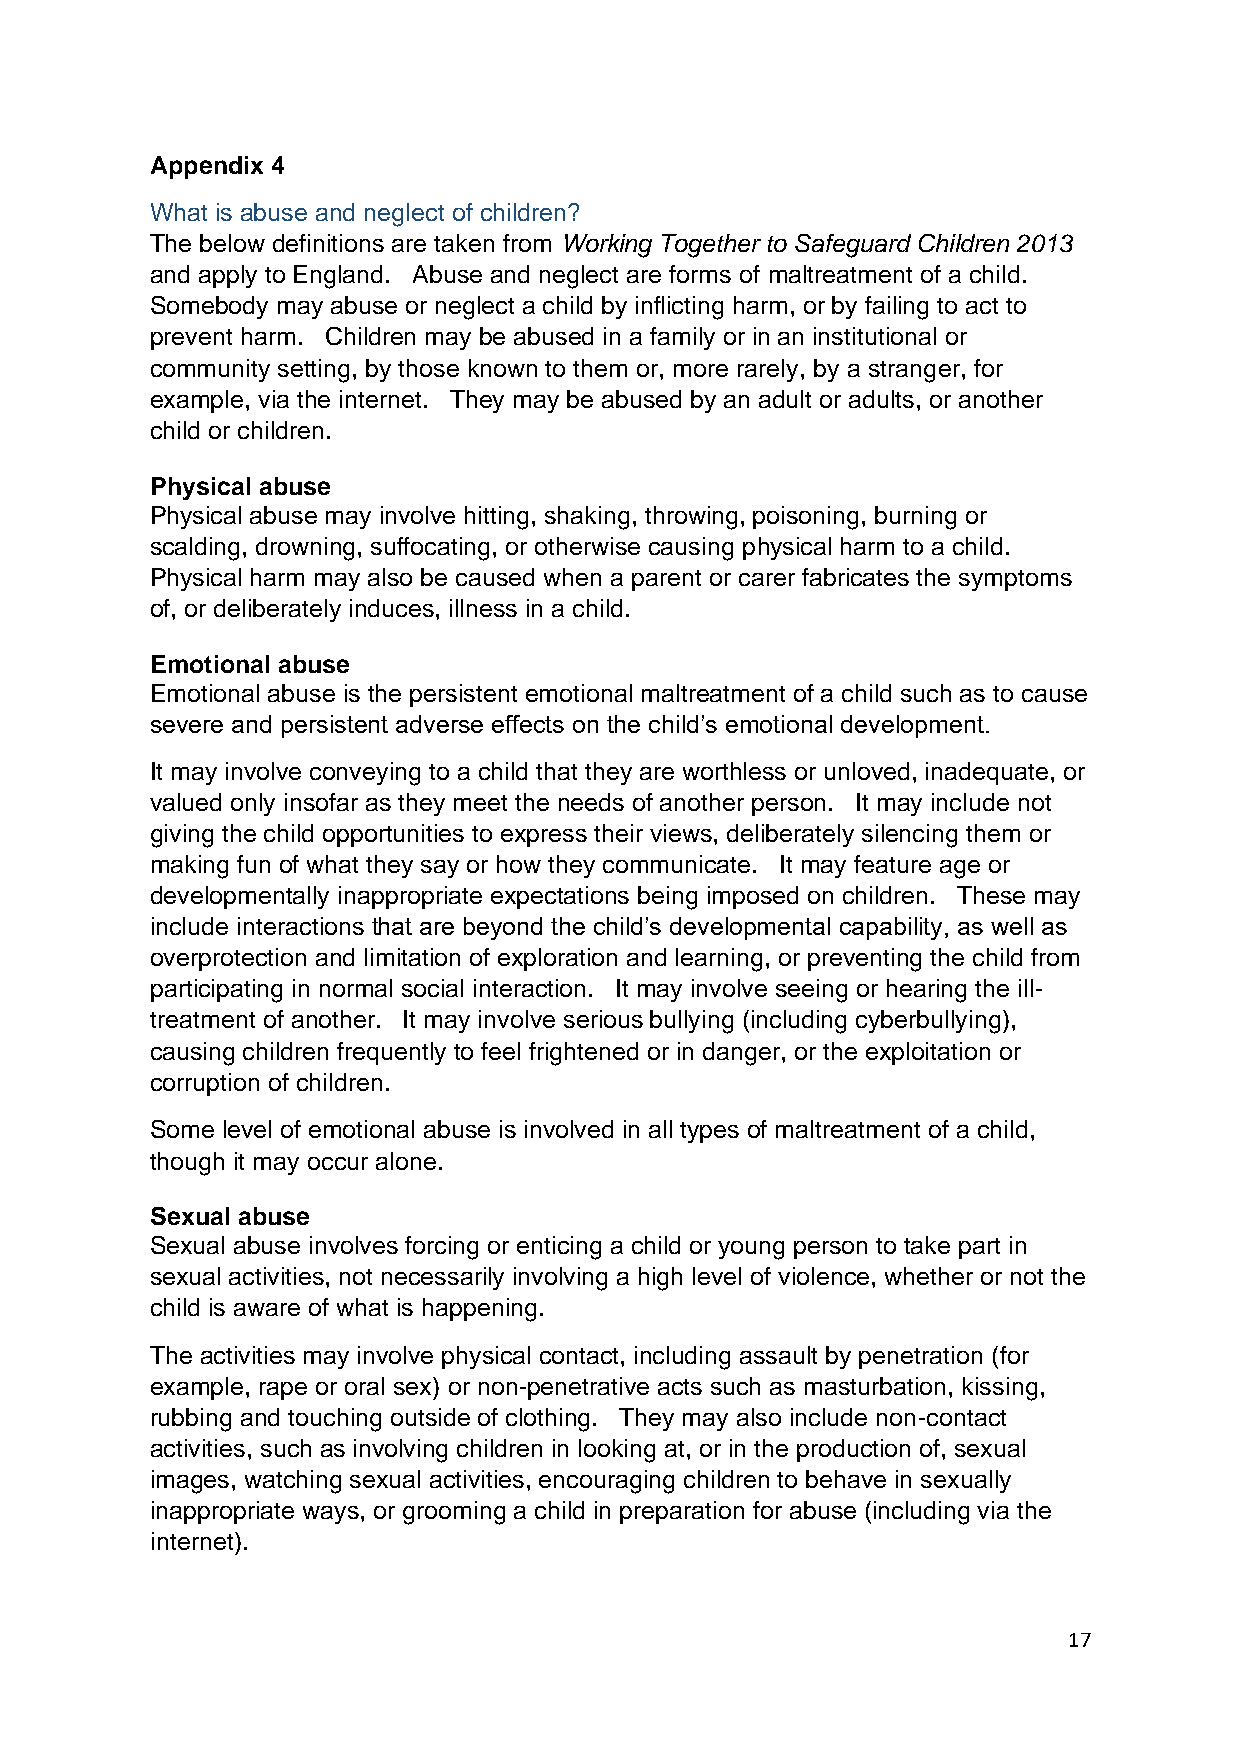
Appendix 4
 What is abuse and neglect of children?
 The below definitions are taken from Working Together to Safeguard Children 2013
 and apply to England. Abuse and neglect are forms of maltreatment of a child.
 Somebody may abuse or neglect a child by inflicting harm, or by failing to act to
 prevent harm. Children may be abused in a family or in an institutional or
 community setting, by those known to them or, more rarely, by a stranger, for
 example, via the internet. They may be abused by an adult or adults, or another
 child or children.
 Physical abuse
 Physical abuse may involve hitting, shaking, throwing, poisoning, burning or
 scalding, drowning, suffocating, or otherwise causing physical harm to a child.
 Physical harm may also be caused when a parent or carer fabricates the symptoms
 of, or deliberately induces, illness in a child.
 Emotional abuse
 Emotional abuse is the persistent emotional maltreatment of a child such as to cause
 severe and persistent adverse effects on the child’s emotional development.
 It may involve conveying to a child that they are worthless or unloved, inadequate, or
 valued only insofar as they meet the needs of another person. It may include not
 giving the child opportunities to express their views, deliberately silencing them or
 making fun of what they say or how they communicate. It may feature age or
 developmentally inappropriate expectations being imposed on children. These may
 include interactions that are beyond the child’s developmental capability, as well as
 overprotection and limitation of exploration and learning, or preventing the child from
 participating in normal social interaction. It may involve seeing or hearing the ill-
 treatment of another. It may involve serious bullying (including cyberbullying),
 causing children frequently to feel frightened or in danger, or the exploitation or
 corruption of children.
 Some level of emotional abuse is involved in all types of maltreatment of a child,
 though it may occur alone.
 Sexual abuse
 Sexual abuse involves forcing or enticing a child or young person to take part in
 sexual activities, not necessarily involving a high level of violence, whether or not the
 child is aware of what is happening.
 The activities may involve physical contact, including assault by penetration (for
 example, rape or oral sex) or non-penetrative acts such as masturbation, kissing,
 rubbing and touching outside of clothing. They may also include non-contact
 activities, such as involving children in looking at, or in the production of, sexual
 images, watching sexual activities, encouraging children to behave in sexually
 inappropriate ways, or grooming a child in preparation for abuse (including via the
 internet).
 17